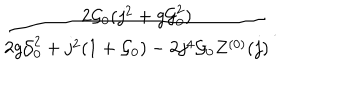
\frac { 2 { \cal G } _ { 0 } ( j ^ { 2 } + g { \cal G } _ { 0 } ^ { 2 } ) } { 2 g { \cal G } _ { 0 } ^ { 2 } + j ^ { 2 } ( 1 + { \cal G } _ { 0 } ) - 2 j ^ { 4 } { \cal G } _ { 0 } Z ^ { ( 0 ) } ( j ) } .